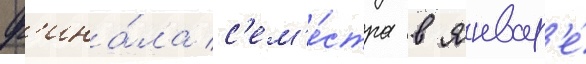
ф'ина́ла с'ем'е́стра в январ'е́